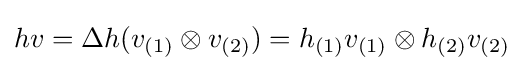
hv=\Delta h(v_{(1)}\otimes v_{(2)})=h_{(1)}v_{(1)}\otimes h_{(2)}v_{(2)}